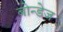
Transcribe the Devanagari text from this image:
बोन्डेज